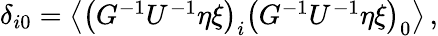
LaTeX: \begin{array}{r}{\delta_{i0}=\big\langle\big(G^{-1}U^{-1}\eta\xi\big)_{i}\big(G^{-1}U^{-1}\eta\xi\big)_{0}\big\rangle\, ,}\end{array}